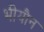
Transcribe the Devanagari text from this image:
भीयौन